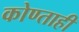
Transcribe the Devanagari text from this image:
कोण्ताही